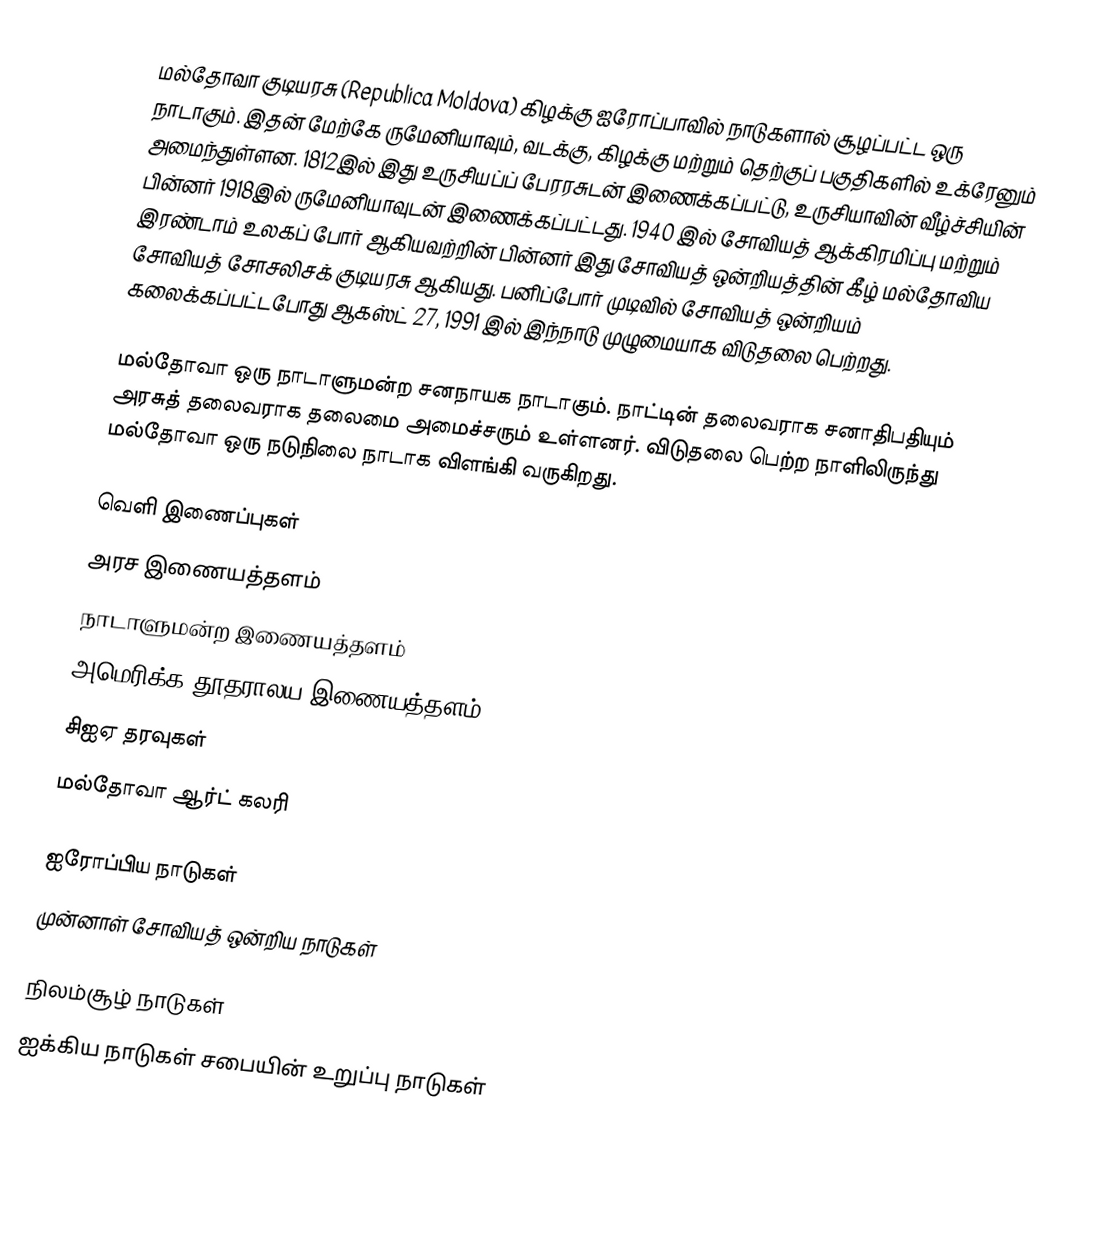
மல்தோவா குடியரசு (Republica Moldova) கிழக்கு ஐரோப்பாவில் நாடுகளால் சூழப்பட்ட ஒரு நாடாகும். இதன் மேற்கே ருமேனியாவும், வடக்கு, கிழக்கு மற்றும் தெற்குப் பகுதிகளில் உக்ரேனும் அமைந்துள்ளன. 1812இல் இது உருசியப்ப் பேரரசுடன் இணைக்கப்பட்டு, உருசியாவின் வீழ்ச்சியின் பின்னர் 1918இல் ருமேனியாவுடன் இணைக்கப்பட்டது. 1940 இல் சோவியத் ஆக்கிரமிப்பு மற்றும் இரண்டாம் உலகப் போர் ஆகியவற்றின் பின்னர் இது சோவியத் ஒன்றியத்தின் கீழ் மல்தோவிய சோவியத் சோசலிசக் குடியரசு ஆகியது. பனிப்போர் முடிவில் சோவியத் ஒன்றியம் கலைக்கப்பட்டபோது ஆகஸ்ட் 27, 1991 இல் இந்நாடு முழுமையாக விடுதலை பெற்றது.

மல்தோவா ஒரு நாடாளுமன்ற சனநாயக நாடாகும். நாட்டின் தலைவராக சனாதிபதியும் அரசுத் தலைவராக தலைமை அமைச்சரும் உள்ளனர். விடுதலை பெற்ற நாளிலிருந்து மல்தோவா ஒரு நடுநிலை நாடாக விளங்கி வருகிறது.

வெளி இணைப்புகள்
 அரச இணையத்தளம்
 நாடாளுமன்ற இணையத்தளம்
 அமெரிக்க தூதராலய இணையத்தளம்
 சிஐஏ தரவுகள்
 மல்தோவா ஆர்ட் கலரி

ஐரோப்பிய நாடுகள்
முன்னாள் சோவியத் ஒன்றிய நாடுகள்

நிலம்சூழ் நாடுகள்
ஐக்கிய நாடுகள் சபையின் உறுப்பு நாடுகள்